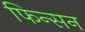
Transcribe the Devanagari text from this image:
फिन्सन